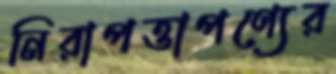
নিরাপত্তাপণ্যের